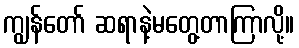
ကျွန်တော် ဆရာနဲ့မတွေ့တာကြာလို့။